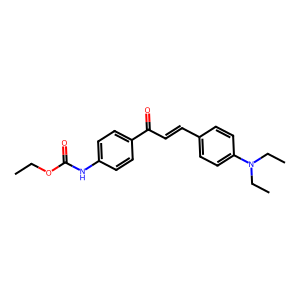
SMILES: CCOC(=O)Nc1ccc(C(=O)C=Cc2ccc(N(CC)CC)cc2)cc1
Inhibits HIV replication: No